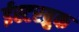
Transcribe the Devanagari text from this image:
ईस्टरब्रुक